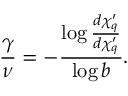
\frac { \gamma } { \nu } = - \frac { \log \frac { d \chi _ { q } ^ { \prime } } { d \chi _ { q } ^ { \prime } } } { \log b } .